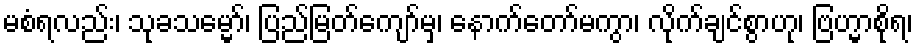
မစံရလည်း၊ သုခသမ္မော်၊ ပြည်မြတ်ကျော်မှ၊ နောက်တော်မကွာ၊ လိုက်ချင်စွာဟု၊ ဗြဟ္မာစိုရ၊